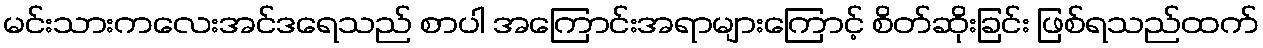
မင်းသားကလေးအင်ဒရေသည် စာပါ အကြောင်းအရာများကြောင့် စိတ်ဆိုးခြင်း ဖြစ်ရသည်ထက်